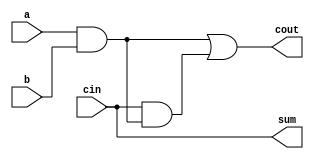
module full_adder5(a,b,cin,sum,cout);
input a,b,cin;
output sum,cout;
assign sum = 1'b0^cin;
assign cout = a&b|cin&(a&b); 
// initial begin
//     $display("The incorrect adder with xor0 and xor1 having out/0 and in1/0");
// end   
endmodule